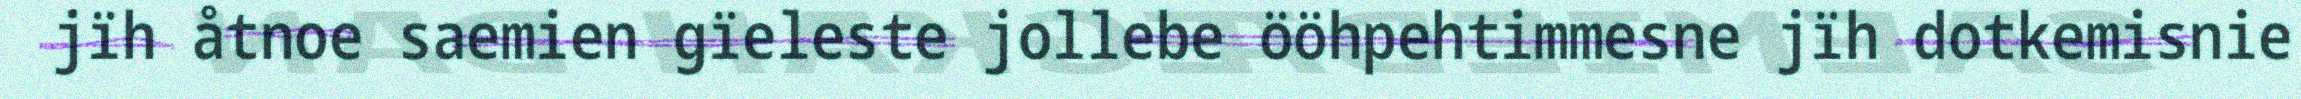
jïh åtnoe saemien gïeleste jollebe ööhpehtimmesne jïh dotkemisnie